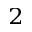
^ 2